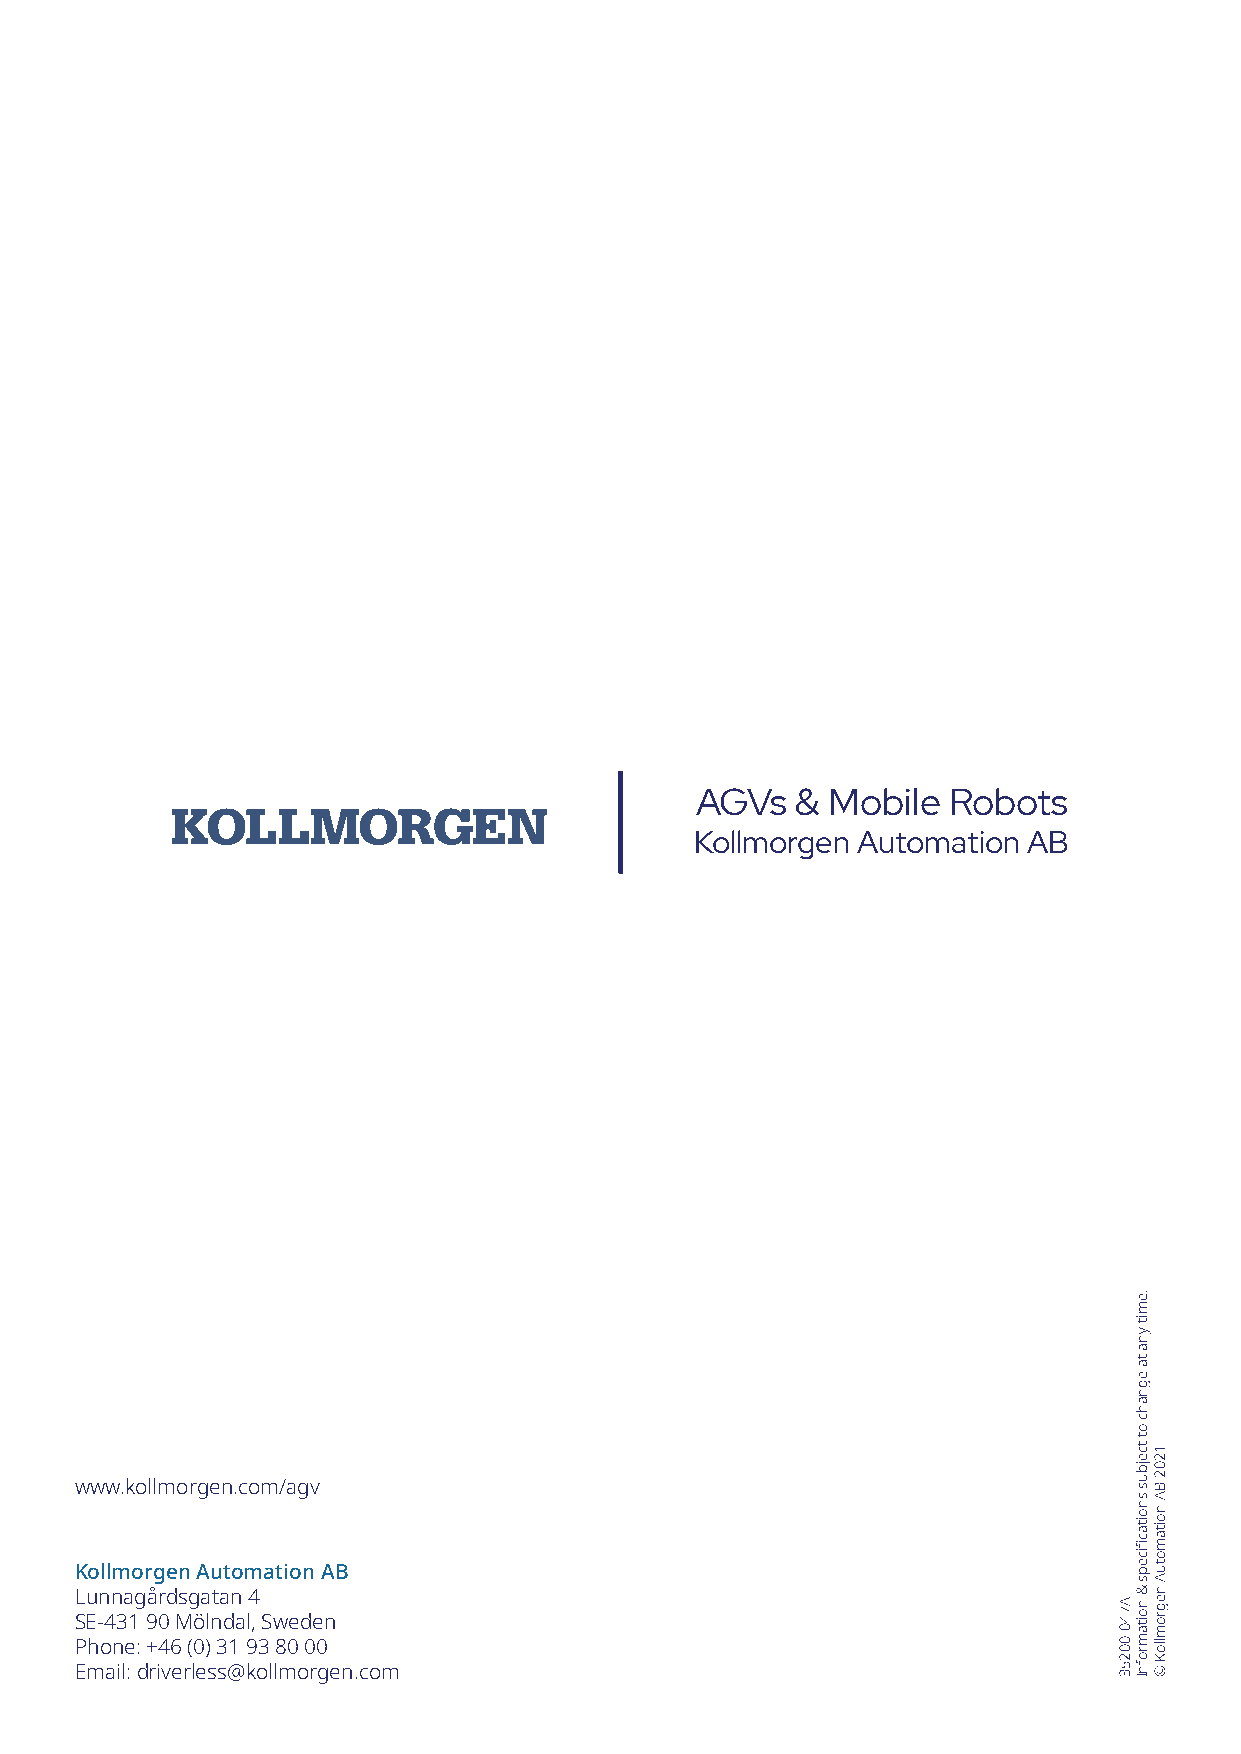
AGVs   & Mobile  Robots
 Kollmorgen Automation AB
 www.kollmorgen.com/agv
 Kollmorgen Automation AB
 Lunnagårdsgatan 4
 SE-431 90 Mölndal, Sweden
 Phone: +46 (0) 31 93 80 00
 Email: driverless@kollmorgen.com
 A740-00253
 .emit
 yna
 ta
 egnahc
 ot
 tcejbus
 snoitacfiiceps
 & noitamrofnI
 1202
 BA
 noitamotuA
 negromlloK
 ©